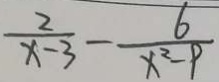
\frac { 2 } { x - 3 } - \frac { 6 } { x ^ { 2 } - 9 }